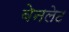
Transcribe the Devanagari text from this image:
बेनलेट